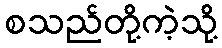
စသည်တို့ကဲ့သို့